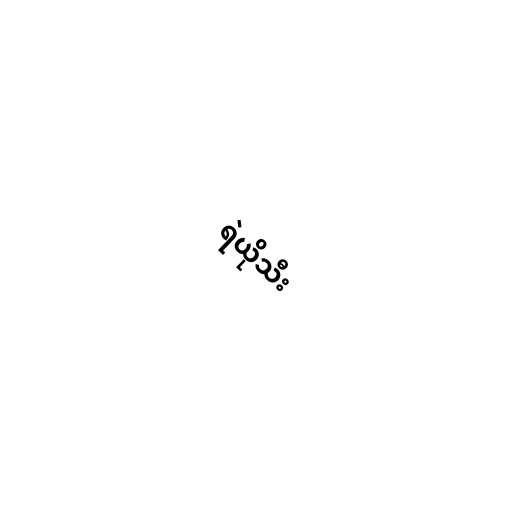
ရဲယိုသီး